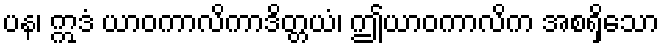
ပန၊ ဣဒံ ယာဝကာလိကာဒိတ္တယံ၊ ဤယာဝကာလိက အစရှိသော